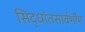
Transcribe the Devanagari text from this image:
सिद्धांतसार्वभौम